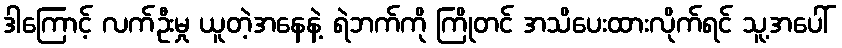
ဒါကြောင့် လက်ဦးမှု ယူတဲ့အနေနဲ့ ရဲဘက်ကို ကြိုတင် အသိပေးထားလိုက်ရင် သူ့အပေါ်